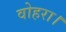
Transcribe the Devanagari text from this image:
वोहरा।